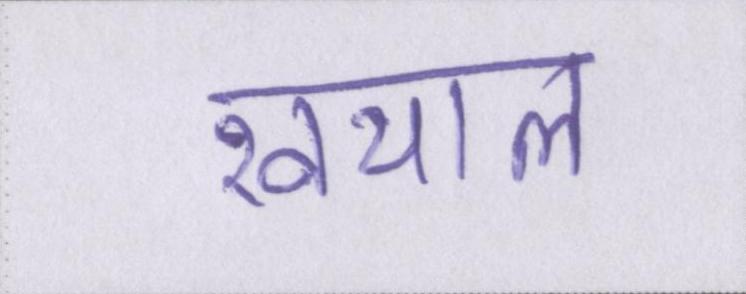
खयाल